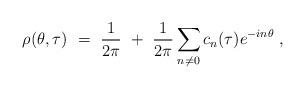
LaTeX: \begin{align*}\rho(\theta,\tau)~=~\frac{1}{2\pi}~+~\frac{1}{2\pi}\sum_{n \neq 0} c_n(\tau) e^{-in\theta} \; ,\end{align*}